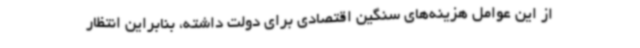
از این عوامل هزینه‌های سنگین اقتصادی برای دولت داشته، بنابراین انتظار